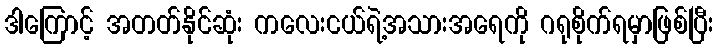
ဒါကြောင့် အတတ်နိုင်ဆုံး ကလေးငယ်ရဲ့အသားအရေကို ဂရုစိုက်ရမှာဖြစ်ပြီး